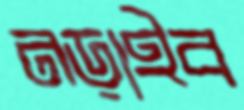
নড়াইব